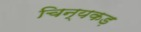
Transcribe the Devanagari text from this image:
चिन्यकड़